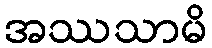
အဿသာမိ